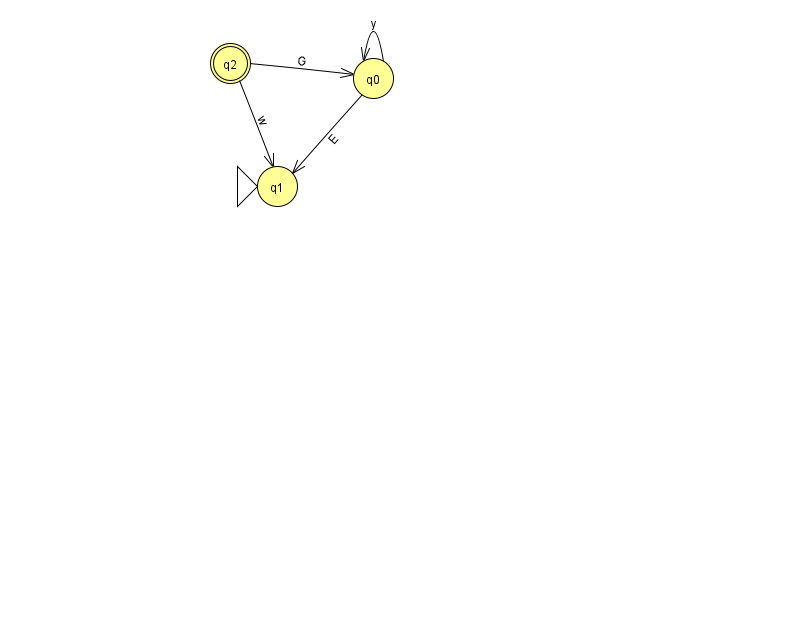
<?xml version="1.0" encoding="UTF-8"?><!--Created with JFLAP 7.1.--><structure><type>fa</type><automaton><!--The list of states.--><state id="0" name="q0"><x>373.0</x><y>65.0</y></state><state id="1" name="q1"><x>277.0</x><y>173.0</y><initial/></state><state id="2" name="q2"><x>230.0</x><y>50.0</y><final/></state><!--The list of transitions.--><transition><from>2</from><to>0</to><read>G</read></transition><transition><from>2</from><to>1</to><read>w</read></transition><transition><from>0</from><to>0</to><read>y</read></transition><transition><from>0</from><to>1</to><read>E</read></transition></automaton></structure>